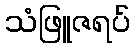
သံဖြူဇရပ်